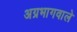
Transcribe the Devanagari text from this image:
अग्रभागवाले